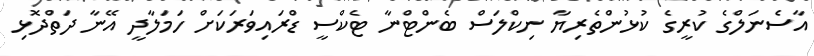
އާސެނަލްގެ ކުރީގެ ކުޅުންތެރިޔާ ނިކްލަސް ބެންޓްނާ ޓެކްސީ ޑްރައިވަރަކަށް ހަމަލާދީ އޭނާ ދަތްދޮޅި